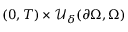
( 0 , T ) \times \mathcal U _ { \delta } ( \partial \Omega , \Omega )